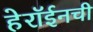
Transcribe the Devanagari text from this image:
हेरॉईनची